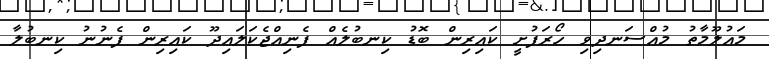
މައުލޫމާތު މުއްސަނދިވި ހޯރަފުށީ ކައިރިން ބޮޑު ކިނބުލެއް ފެނިއްޖެކަލައިދޫ ކައިރިން ފެނުނު ކިނބުލާ